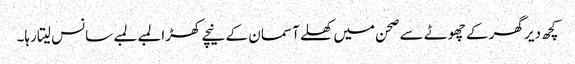
کچھ دیر گھر کے چھوٹے سے صحن میں کھلے آسمان کے نیچے کھڑا لمبے لمبے سانس لیتا رہا۔